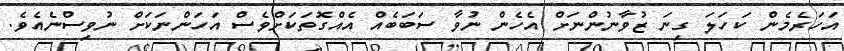
އަހަރެމެން ކަހަލަ ގިނަ ޒުވާނުންނަށް އެހެން ނުވާ ސަބަބެއް އެއްގޮތަކަށްވެސް އަހަންނަކަށް ނުވިސްނެއެވެ.